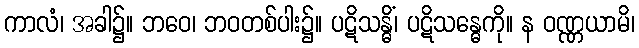
ကာလံ၊ အခါ၌။ ဘဝေ၊ ဘဝတစ်ပါး၌။ ပဋိသန္ဓိံ၊ ပဋိသန္ဓေကို။ န ဝဏ္ဏယာမိ၊